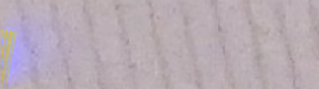
UnderNewMgmt